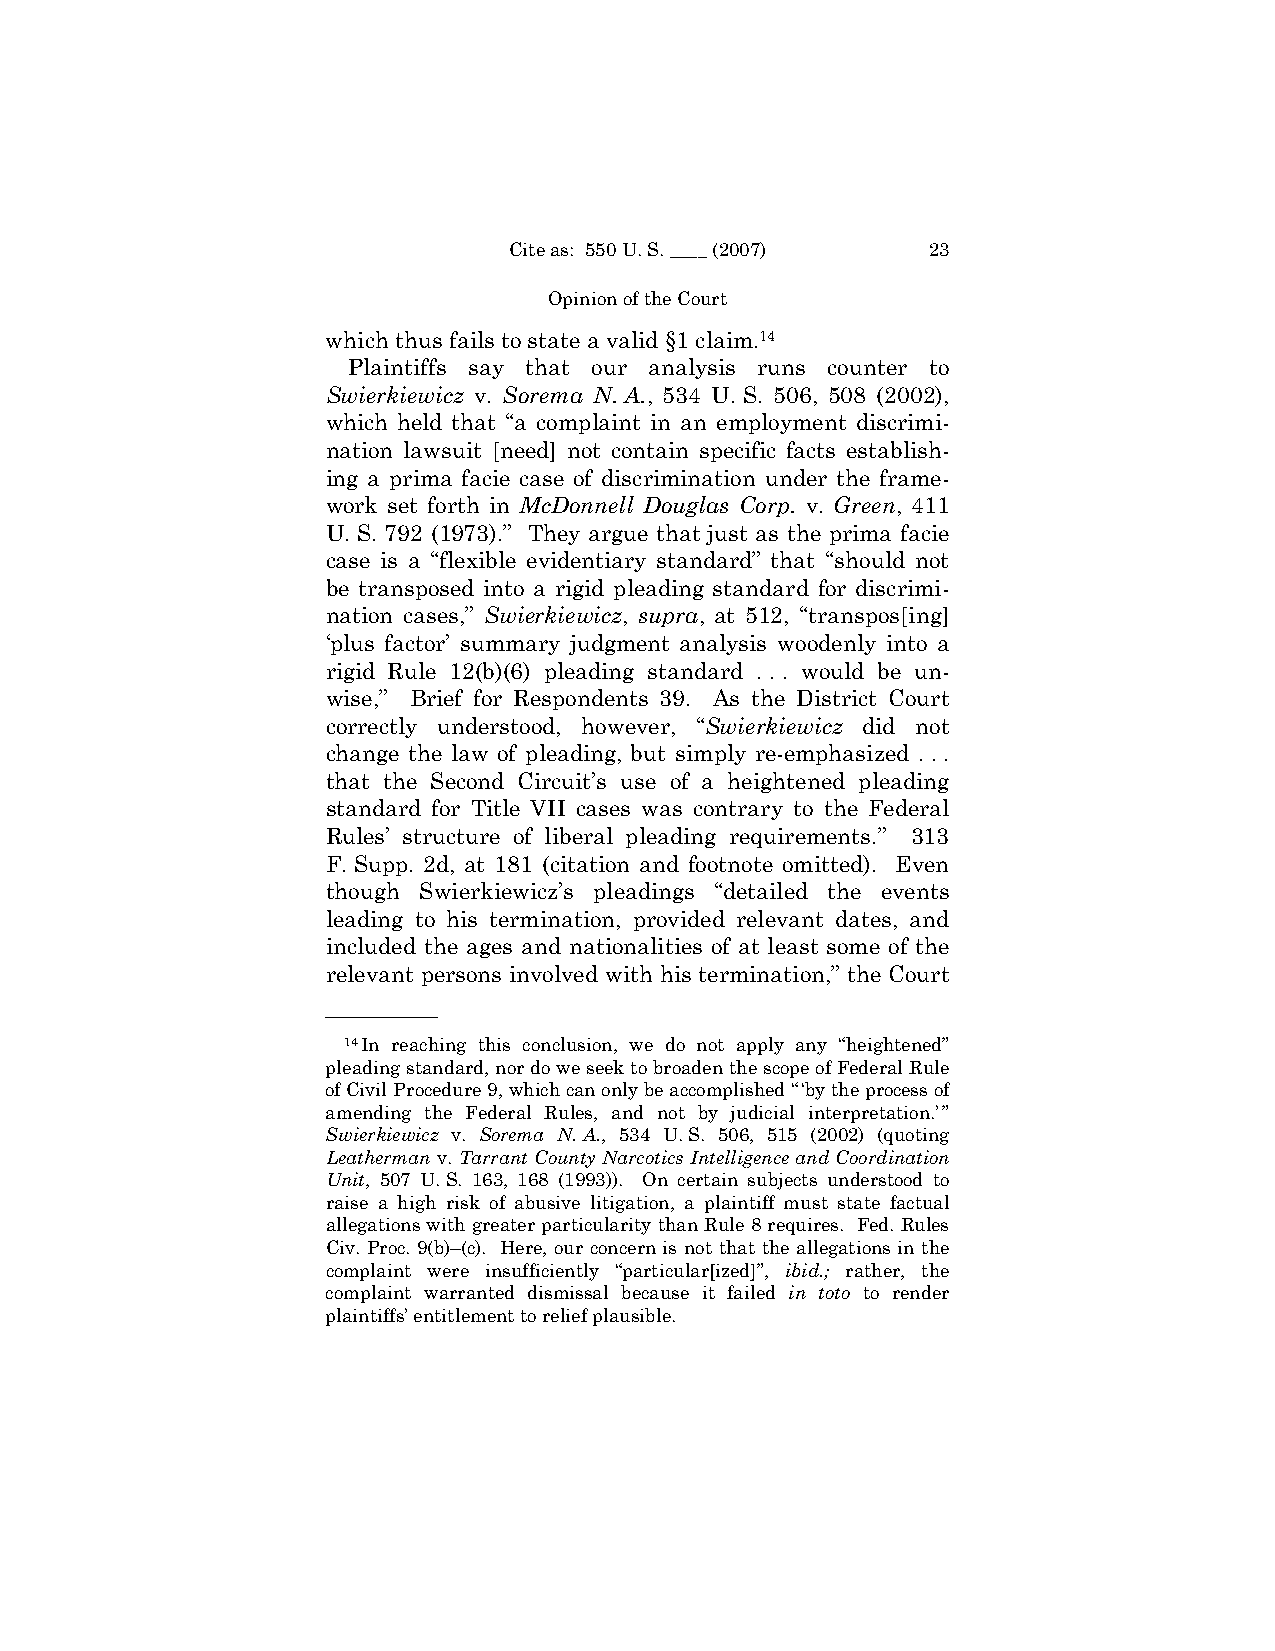
Cite as: 550 U. S. ____ (2007) 23
 Opinion of the Court
 which thus fails to state a valid §1 claim.14
 Plaintiffs say that our analysis runs counter to
 Swierkiewicz v. Sorema N. A., 534 U. S. 506, 508 (2002),
 which held that “a complaint in an employment discrimi-
 nation lawsuit [need] not contain specific facts establish-
 ing a prima facie case of discrimination under the frame-
 work set forth in McDonnell Douglas Corp. v. Green, 411
 U. S. 792 (1973).” They argue that just as the prima facie
 case is a “flexible evidentiary standard” that “should not
 be transposed into a rigid pleading standard for discrimi-
 nation cases,” Swierkiewicz, supra, at 512, “transpos[ing]
 ‘plus factor’ summary judgment analysis woodenly into a
 rigid Rule 12(b)(6) pleading standard . . . would be un-
 wise,” Brief for Respondents 39. As the District Court
 correctly understood, however, “Swierkiewicz did not
 change the law of pleading, but simply re-emphasized . . .
 that the Second Circuit’s use of a heightened pleading
 standard for Title VII cases was contrary to the Federal
 Rules’ structure of liberal pleading requirements.” 313
 F. Supp. 2d, at 181 (citation and footnote omitted). Even
 though Swierkiewicz’s pleadings “detailed the events
 leading to his termination, provided relevant dates, and
 included the ages and nationalities of at least some of the
 relevant persons involved with his termination,” the Court
 ——————
 14In reaching this conclusion, we do not apply any “heightened”
 pleading standard, nor do we seek to broaden the scope of Federal Rule
 of Civil Procedure 9, which can only be accomplished “ ‘by the process of
 amending the Federal Rules, and not by judicial interpretation.’ ”
 Swierkiewicz v. Sorema N. A., 534 U. S. 506, 515 (2002) (quoting
 Leatherman v. Tarrant County Narcotics Intelligence and Coordination
 Unit, 507 U. S. 163, 168 (1993)). On certain subjects understood to
 raise a high risk of abusive litigation, a plaintiff must state factual
 allegations with greater particularity than Rule 8 requires. Fed. Rules
 Civ. Proc. 9(b)–(c). Here, our concern is not that the allegations in the
 complaint were insufficiently “particular[ized]”, ibid.; rather, the
 complaint warranted dismissal because it failed in toto to render
 plaintiffs’ entitlement to relief plausible.